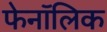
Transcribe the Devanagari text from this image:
फेनॉलिक